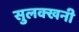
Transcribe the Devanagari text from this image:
सुलक्खनी